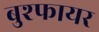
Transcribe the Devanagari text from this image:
बुश्फायर